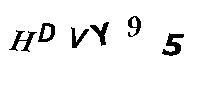
HDVY95